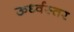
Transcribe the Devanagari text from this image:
ऊर्ध्वस्तर